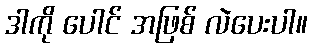
ဒါကို ပေါင် အဖြစ် လဲပေးပါ။